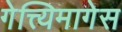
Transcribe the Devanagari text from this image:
गेत्त्यिमागेस